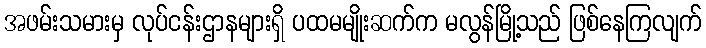
အဖမ်းသမားမှ လုပ်ငန်းဌာနများရှိ ပထမမျိုးဆက်က မလွန်မြို့သည် ဖြစ်နေကြလျက်